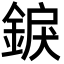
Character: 錑